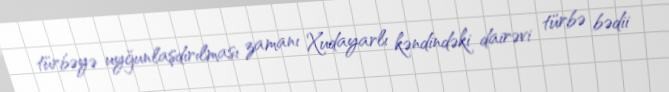
türbəyə uyğunlaşdırılması zamanı Xudayarlı kəndindəki dairəvi türbə bədii